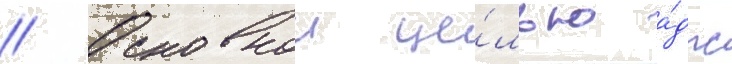
// Основнои це́лью а́дпс